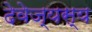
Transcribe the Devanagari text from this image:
देवेज्यस्य